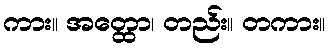
ကား။ အတ္ထော၊ တည်း။ တကား။